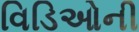
વિડિઓની